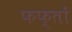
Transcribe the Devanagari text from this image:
फफ्तों